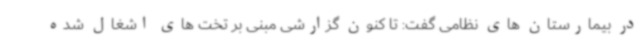
در بیمارستان های نظامی گفت: تا کنون گزارشی مبنی بر تخت های اشغال شده